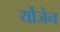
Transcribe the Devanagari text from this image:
र्योजेन